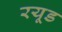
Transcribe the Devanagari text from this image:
रयूड